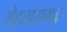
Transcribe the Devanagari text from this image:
रोहतासगढ